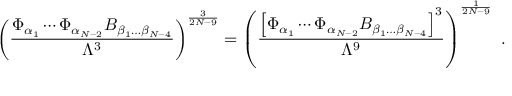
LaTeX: \left( { \frac { \Phi _ { \alpha _ { 1 } } \cdots \Phi _ { \alpha _ { N - 2 } } { \cal B } _ { \beta _ { 1 } \dots \beta _ { N - 4 } } } { \Lambda ^ { 3 } } } \right) ^ { \frac { 3 } { 2 N - 9 } } = \left( { \frac { \left[ \Phi _ { \alpha _ { 1 } } \cdots \Phi _ { \alpha _ { N - 2 } } { \cal B } _ { \beta _ { 1 } \dots \beta _ { N - 4 } } \right] ^ { 3 } } { \Lambda ^ { 9 } } } \right) ^ { \frac { 1 } { 2 N - 9 } } ~ .